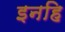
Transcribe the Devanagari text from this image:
इनहि